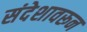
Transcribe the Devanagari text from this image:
संदेशावरून